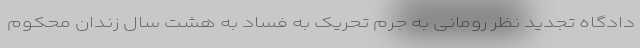
دادگاه تجدید نظر رومانی به جرم تحریک به فساد به هشت سال زندان محکوم